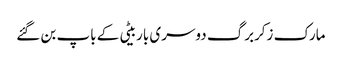
مارک زکربرگ دوسری باربیٹی کے باپ بن گئے